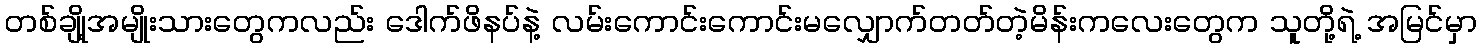
တစ်ချို့အမျိုးသားတွေကလည်း ဒေါက်ဖိနပ်နဲ့ လမ်းကောင်းကောင်းမလျှောက်တတ်တဲ့မိန်းကလေးတွေက သူတို့ရဲ့ အမြင်မှာ